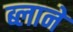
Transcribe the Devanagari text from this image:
ब्लाने